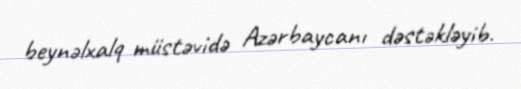
beynəlxalq müstəvidə Azərbaycanı dəstəkləyib.